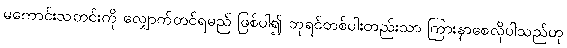
မကောင်းသတင်းကို လျှောက်တင်ရမည် ဖြစ်ပါ၍ ဘုရင်တစ်ပါးတည်းသာ ကြားနာစေလိုပါသည်ဟု